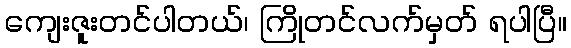
ကျေးဇူးတင်ပါတယ်၊ ကြိုတင်လက်မှတ် ရပါပြီ။